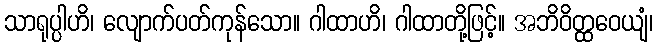
သာရုပ္ပါဟိ၊ လျောက်ပတ်ကုန်သော။ ဂါထာဟိ၊ ဂါထာတို့ဖြင့်။ အဘိဝိတ္ထဝေယျံ၊